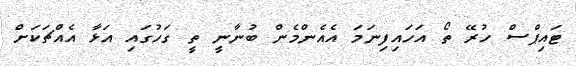
ޓައިޕްސް ހުރޭ ތޯ އަހައިފިނަމަ އެއެންމެން ބުނާނީ ތީ ގަހުގައި އަޅާ އެއްޗަކަށް